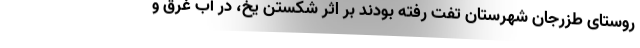
روستای طزرجان شهرستان تفت رفته بودند بر اثر شکستن یخ، در آب غرق و